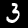
Digit: 3